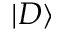
| D \rangle